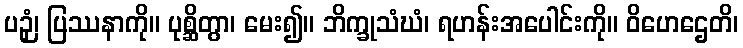
ပဉှံ၊ ပြဿနာကို။ ပုစ္ဆိတွာ၊ မေး၍။ ဘိက္ခုသံဃံ၊ ရဟန်းအပေါင်းကို။ ဝိဟေဌေတိ၊